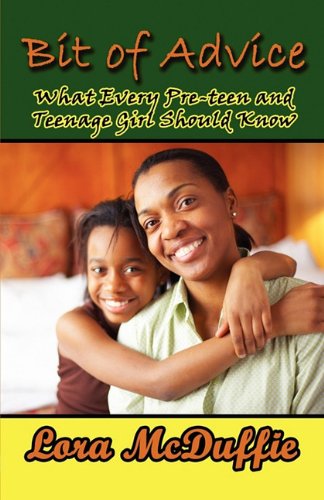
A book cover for Bit of Advice: What Every Pre-Teen and Teenage Girl Should Know; Lora McDuffie; Teen & Young Adult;